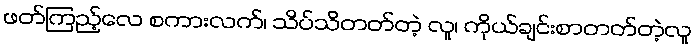
ဖတ်ကြည့်လေ စကားလက်၊ သိပ်သိတတ်တဲ့ လူ၊ ကိုယ်ချင်းစာတတ်တဲ့လူ